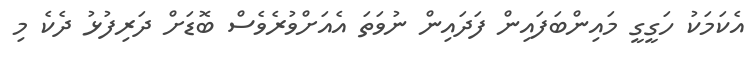
އެކަމަކު ހަގީގީ މައިންބަފައިން ފަދައިން ނުވަތަ އެއަށްވުރެވެސް ބޮޑަށް ދަރިފުޅު ދެކެ މި